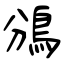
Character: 鳻